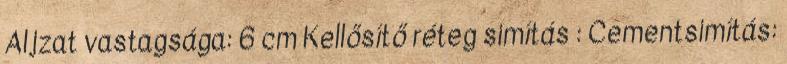
Aljzat vastagsága: 6 cm Kellősítő réteg simítás : Cementsimítás: